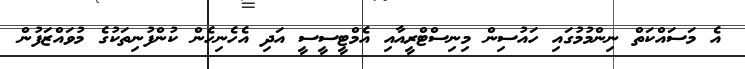
އެ މަސައްކަތް ނިންމުމުގައި ހައުސިން މިނިސްޓްރީއާއި އެމްޓީސީސީ އަދި އެހެނިހެން ކުންފުނިތަކުގެ މުވައްޒަފުން